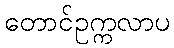
တောင်ဥက္ကလာပ